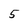
Character: 5